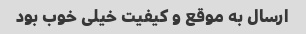
ارسال به موقع و کیفیت خیلی خوب بود